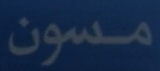
مسون